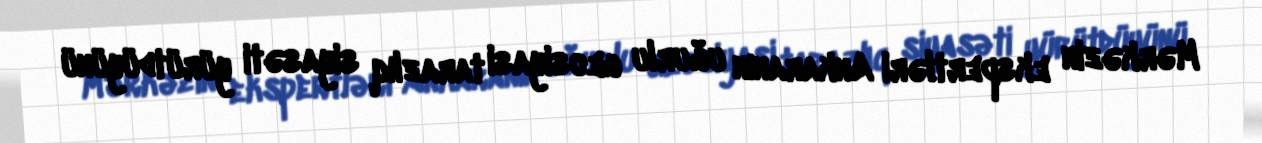
Mərkəzin ekspertləri Ankaranın uğurlu geosiyasi tarazlıq siyasəti yürütdüyünü